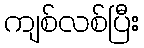
ကျစ်လစ်ပြီး